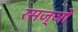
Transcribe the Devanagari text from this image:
रसज्ञों